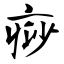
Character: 痧